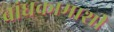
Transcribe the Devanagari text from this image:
बांधकामाशी